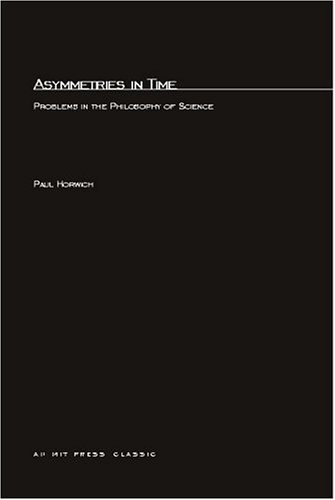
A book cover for Asymmetries In Time: Problems in the Philosophy of Science (Bradford Books); Paul Horwich; Science & Math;